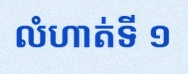
លំហាត់ទី ១